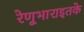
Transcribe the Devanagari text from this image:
रेणूभाराइतके